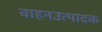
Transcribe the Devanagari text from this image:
वाहनउत्पादक